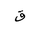
Letter: _qaf